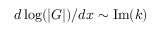
{ d \log ( | G | ) } / { d x } \sim \mathrm { I m } ( k )